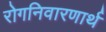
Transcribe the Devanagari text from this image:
रोगनिवारणार्थ